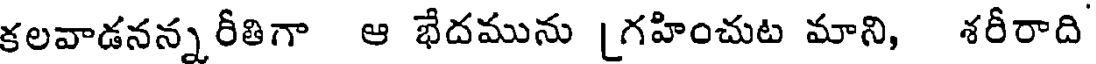
కలవాడనన్న రీతిగా ఆ భేదమును [గహించుట మాని, శరీరాది